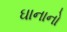
ઘાનાનો